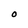
Character: O